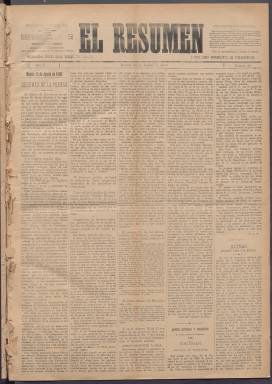
Título: El Resumen (Manila)
Colección: Periódicos
Ámbito geográfico: Filipinas
Lugar de publicación: Manila
Fechas: 01/01/1890-28/04/1893